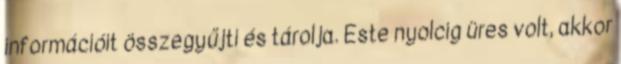
információit összegyűjti és tárolja. Este nyolcig üres volt, akkor